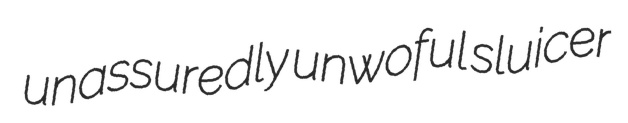
unassuredly unwoful sluicer